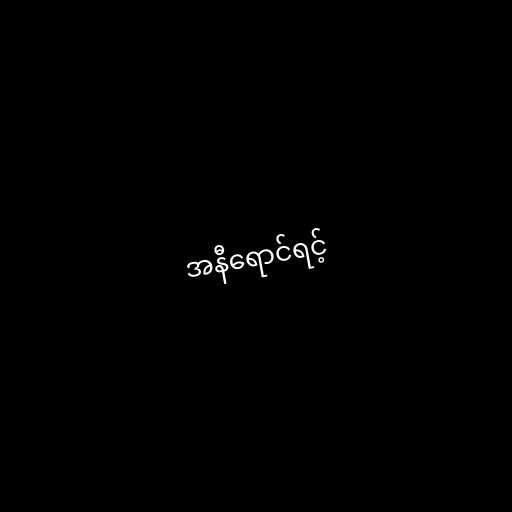
အနီရောင်ရင့်